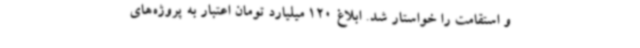
و استقامت را خواستار شد. ابلاغ 120 میلیارد تومان اعتبار به پروژه‌های